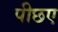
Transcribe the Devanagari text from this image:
पीछए